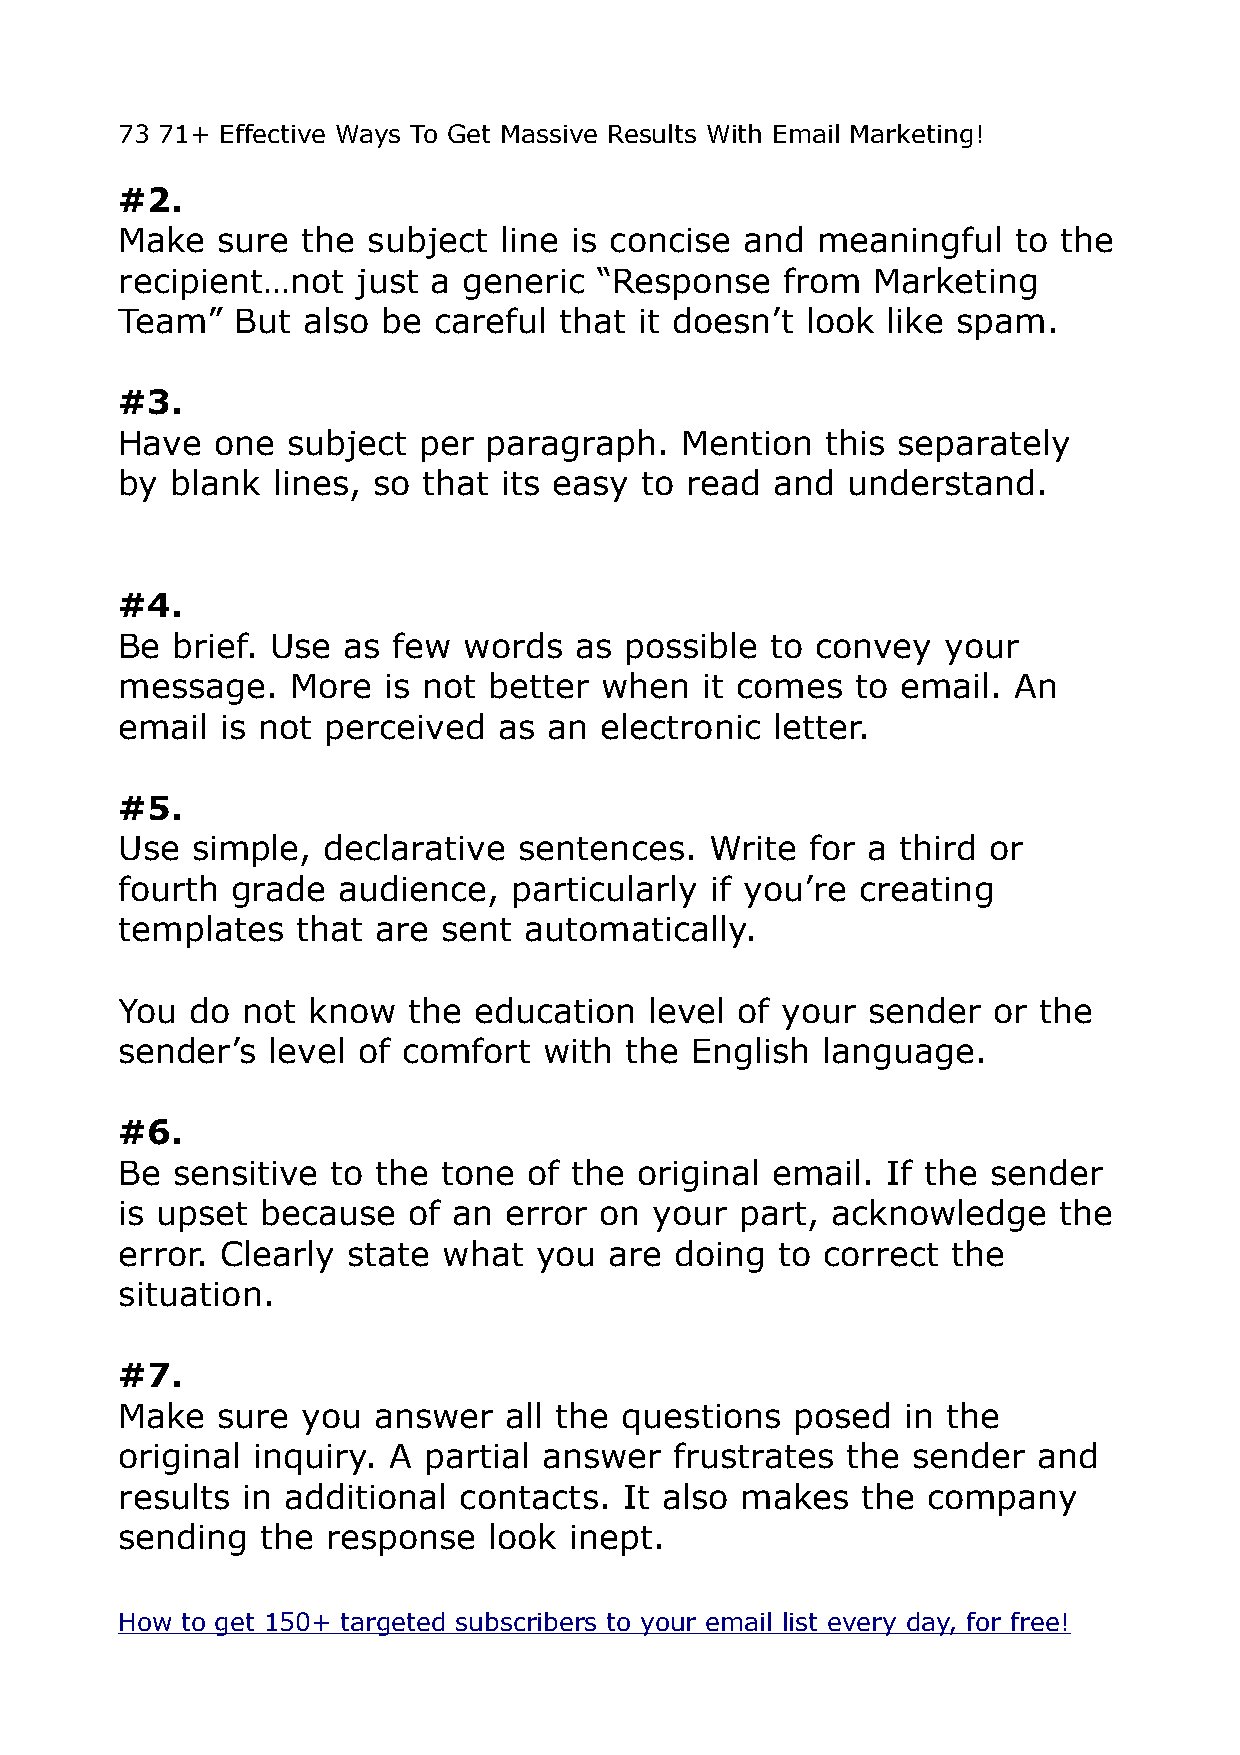
73 71+ Effective Ways To Get Massive Results With Email Marketing!
 #2.
 Make  sure  the subject  line is concise and  meaningful   to the
 recipient…not   just a generic “Response    from  Marketing
 Team”   But also be  careful that it doesn’t look  like spam.
 #3.
 Have  one  subject  per paragraph.   Mention   this separately
 by blank  lines, so that its easy to read  and  understand.
 #4.
 Be brief. Use  as few  words  as possible  to convey   your
 message.   More  is not better  when  it comes   to email. An
 email  is not perceived  as an  electronic letter.
 #5.
 Use  simple, declarative  sentences.   Write  for a third or
 fourth grade  audience,   particularly if you’re creating
 templates   that are sent  automatically.
 You  do not know   the education   level of your sender   or the
 sender’s  level of comfort  with the  English language.
 #6.
 Be sensitive  to the tone  of the original email.  If the sender
 is upset because   of an error  on your  part, acknowledge    the
 error. Clearly state what  you  are  doing to correct  the
 situation.
 #7.
 Make  sure  you  answer  all the questions  posed   in the
 original inquiry. A partial answer   frustrates the sender   and
 results in additional contacts.  It also makes   the company
 sending  the  response  look  inept.
 How to get 150+ targeted subscribers to your email list every day, for free!